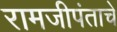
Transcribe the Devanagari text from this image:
रामजीपंताचे